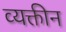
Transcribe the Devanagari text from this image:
व्यक्तीन